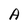
Character: A